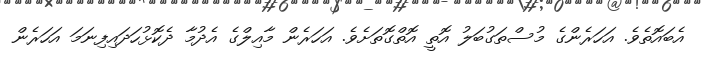
އެބައޮތެވެ. އަހަރެންގެ މުސްތަގުބަލު އޮތީ އޮތްގޮތަށެވެ. އަހަރެން މާއިލްގެ އެދުމާ ދެކޮޅުހަދައިފިނަމަ އަހަރެން